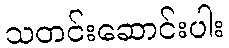
သတင်းဆောင်းပါး